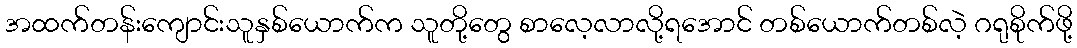
အထက်တန်းကျောင်းသူနှစ်ယောက်က သူတို့တွေ စာလေ့လာလို့ရအောင် တစ်ယောက်တစ်လဲ့ ဂရုစိုက်ဖို့